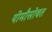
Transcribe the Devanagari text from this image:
यीमौसोबत